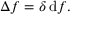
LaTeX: \Delta f = \delta \, \mathrm { d } f .